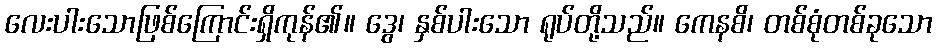
လေးပါးသောဖြစ်ကြောင်းရှိကုန်၏။ ဒွေ၊ နှစ်ပါးသော ရုပ်တို့သည်။ ကေနစိ၊ တစ်စုံတစ်ခုသော